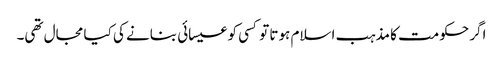
اگر حکومت کا مذہب اسلام ہوتا تو کسی کو عیسائی بنانے کی کیا مجال تھی۔